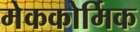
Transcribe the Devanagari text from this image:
मेककोर्मिक